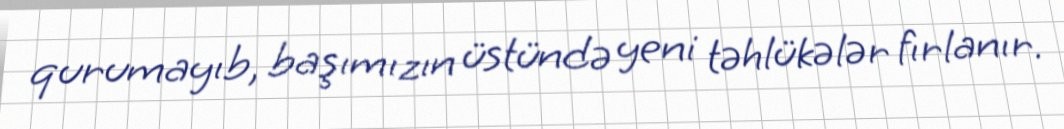
qurumayıb, başımızın üstündə yeni təhlükələr fırlanır.